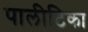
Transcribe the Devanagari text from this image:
पालीटिका